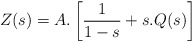
\begin{align*}Z(s)=A.\left[\frac{1}{1-s}+s.Q(s)\right]\end{align*}